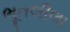
ભૂતલીલા